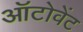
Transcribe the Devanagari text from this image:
ऑटोवेंट